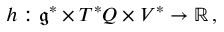
\begin{array} { r } { h : \mathfrak { g } ^ { * } \times T ^ { * } Q \times V ^ { * } \rightarrow \mathbb { R } \, , } \end{array}